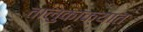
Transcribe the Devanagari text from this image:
तालुकाक्यात